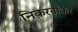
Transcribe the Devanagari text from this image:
निकरबॉकर